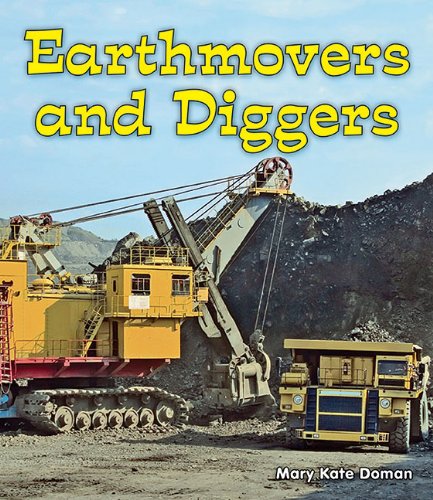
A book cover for Earthmovers and Diggers (All About Big Machines: Guided Reading Level: C); Mary Kate Doman; Children's Books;